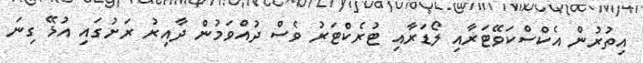
އިތުރުން އެކްސްކަވޭޓަރާއި ލޯޑަރާއި ޓުރެކްޓަރު ވެސް ދުއްވަމުން ދާއިރު ރަށުގައި އުޅޭ ގިނަ